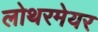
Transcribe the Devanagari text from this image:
लोथरमेयर